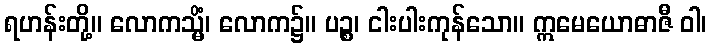
ရဟန်းတို့။ လောကသ္မိံ၊ လောက၌။ ပဉ္စ၊ ငါးပါးကုန်သော။ ဣမေယောဓာဇီ ဝါ၊